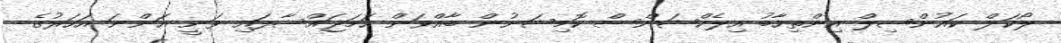
ލޯކަލް ކައުންސިލް އިންތިހާބު އިލެކްޝަންސް ކޮމިޝަނުން ބާއްވަން ހަމަޖައްސާފައި ވަނީ އަންނަ އަހަރުގެ